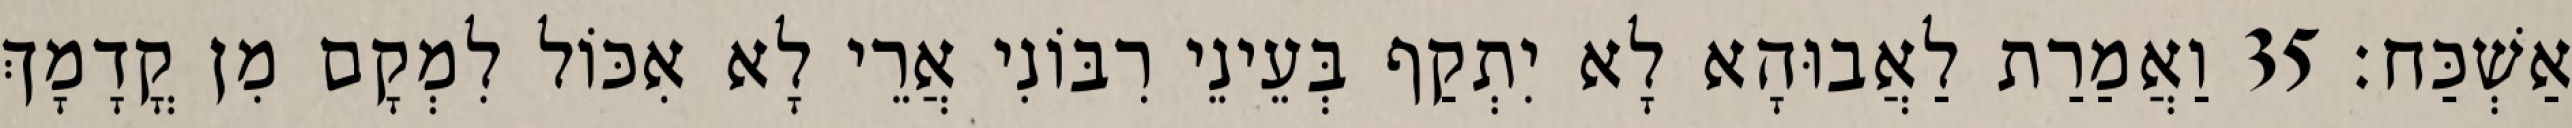
אַשְׁכַּח׃ 35 וַאֲמַרַת לַאֲבוּהָא לָא יִתְקַף בְּעֵינֵי רִבּוֹנִי אֲרֵי לָא אִכּוֹל לִמְקָם מִן קֳדָמָךְ